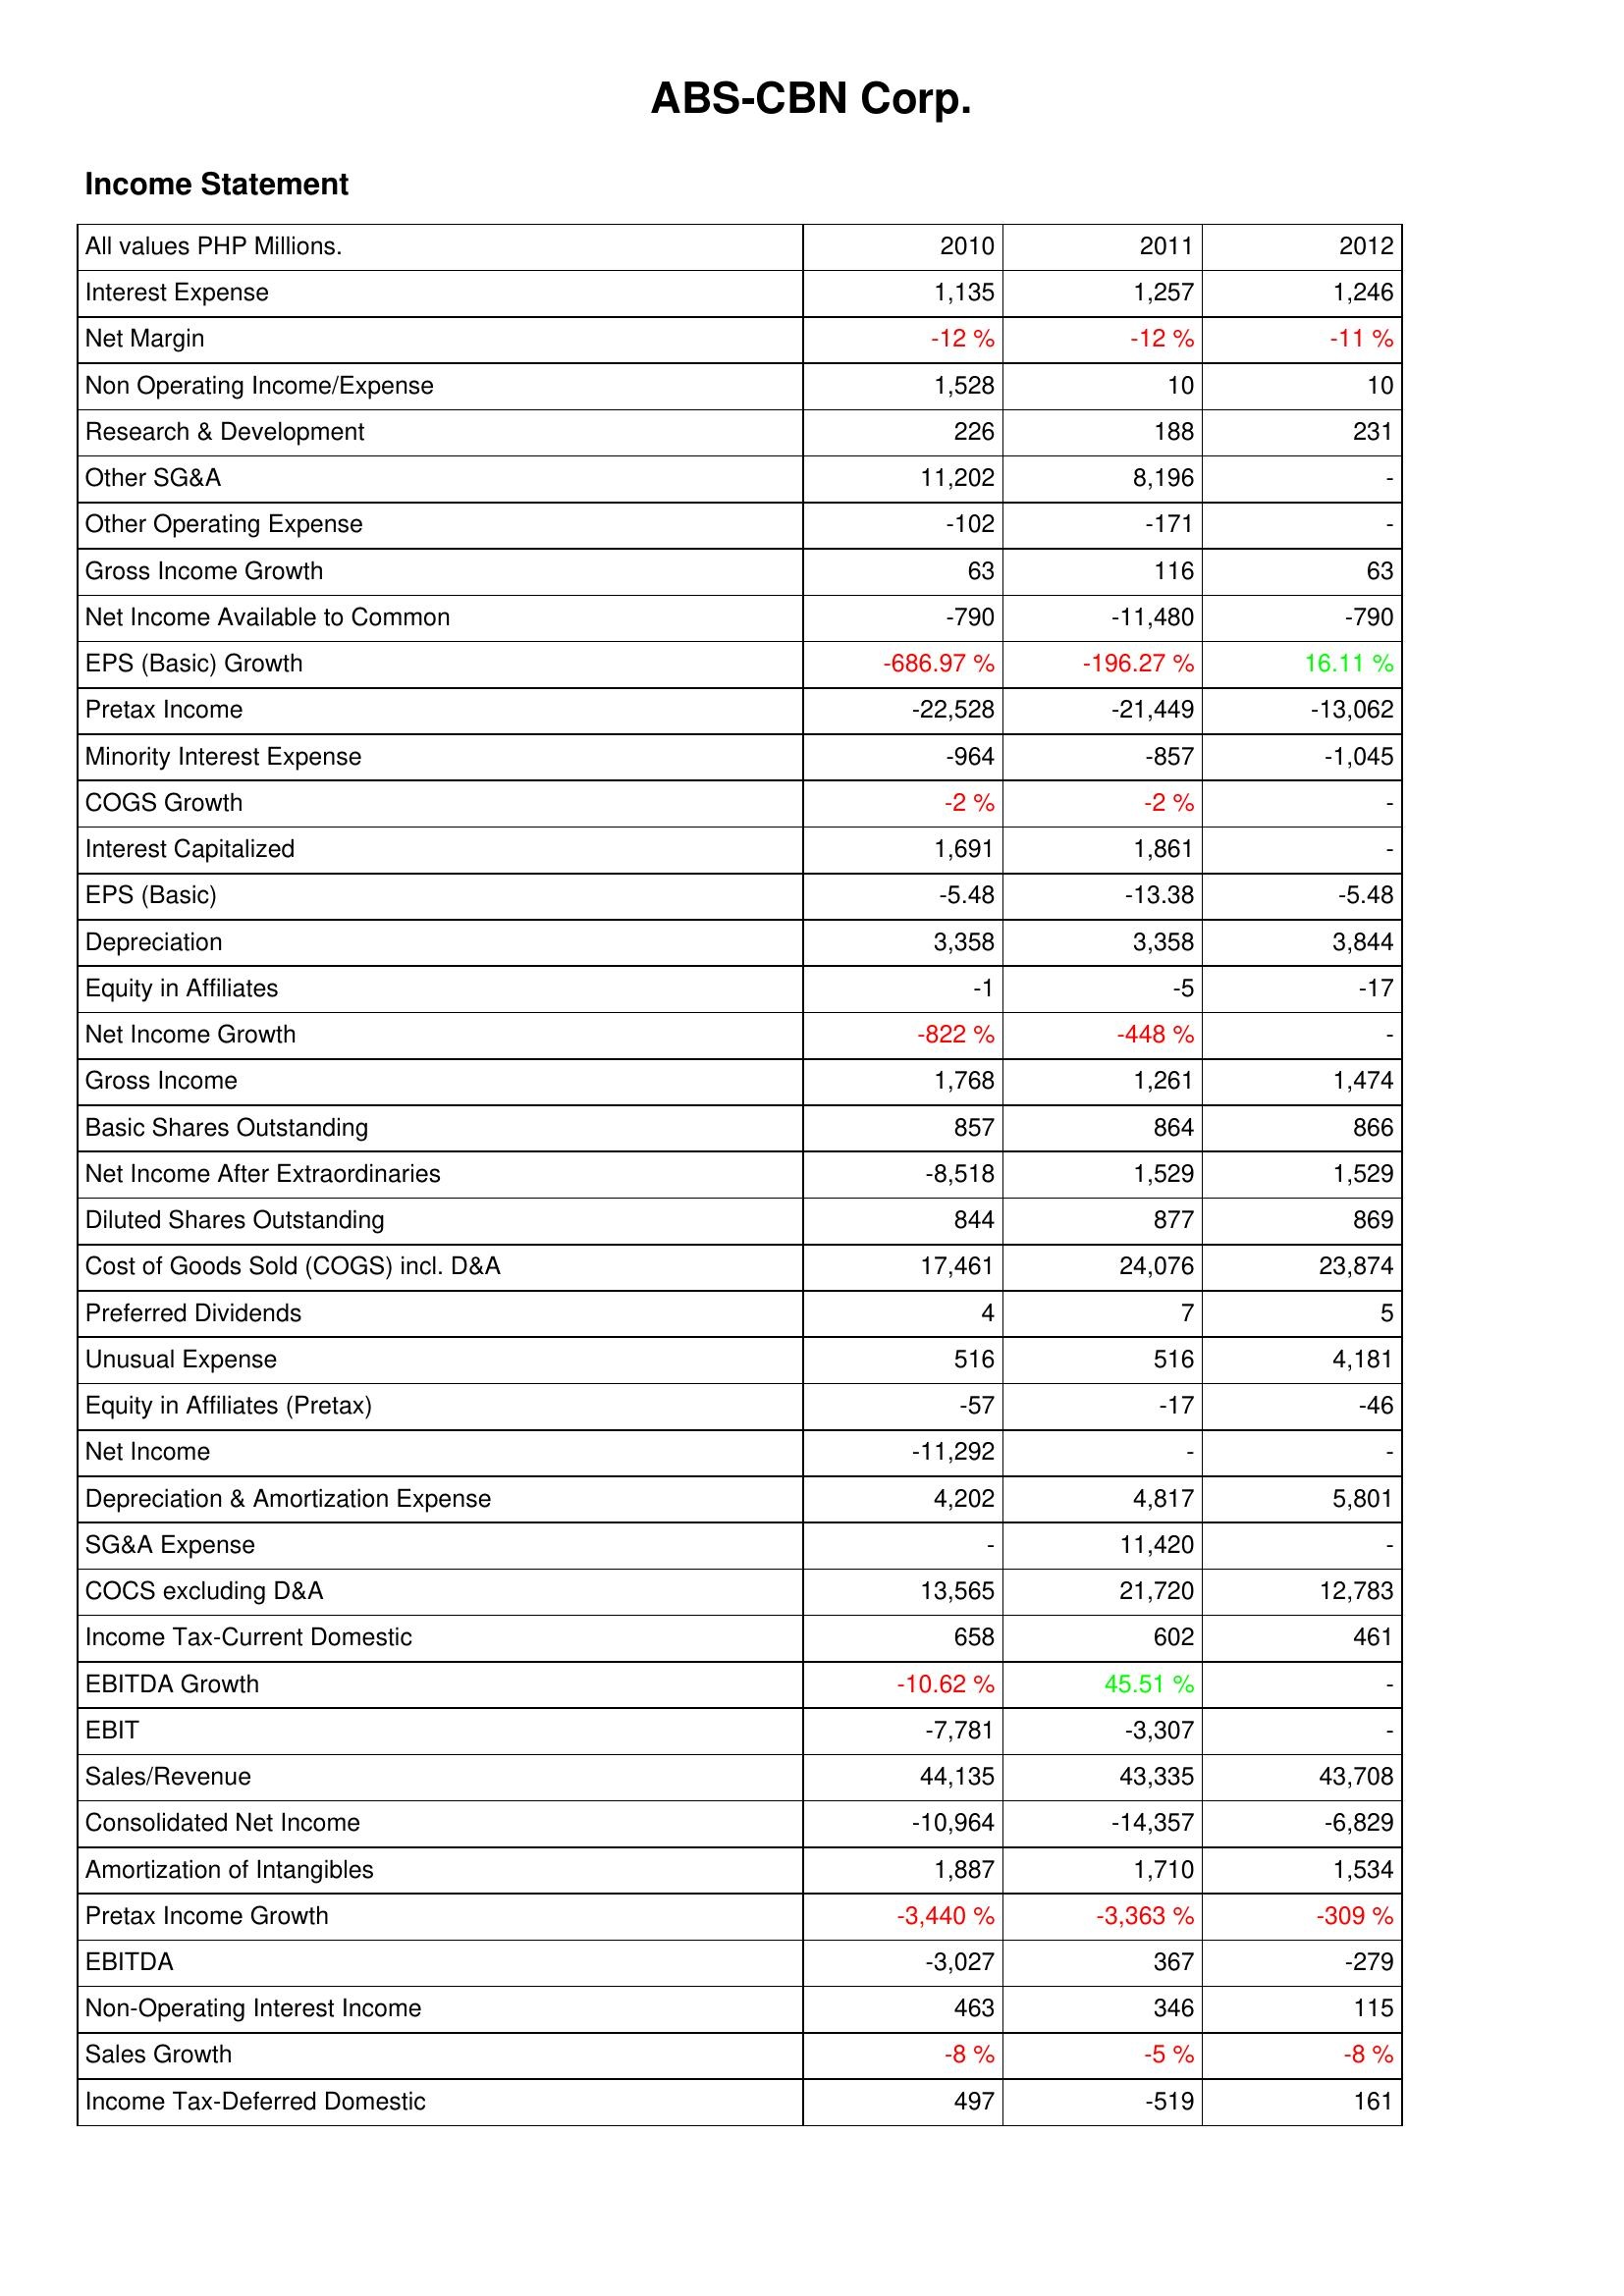
2010: Income Statement: Interest Expense: 1,135
Net Margin: -12 %
Non Operating Income/Expense: 1,528
Research & Development: 226
Other SG&A: 11,202
Other Operating Expense: -102
Gross Income Growth: 63
Net Income Available to Common: -790
EPS (Basic) Growth: -686.97 %
Pretax Income: -22,528
Minority Interest Expense: -964
COGS Growth: -2 %
Interest Capitalized: 1,691
EPS (Basic): -5.48
Depreciation: 3,358
Equity in Affiliates: -1
Net Income Growth: -822 %
Gross Income: 1,768
Basic Shares Outstanding: 857
Net Income After Extraordinaries: -8,518
Diluted Shares Outstanding: 844
Cost of Goods Sold (COGS) incl. D&A: 17,461
Preferred Dividends: 4
Unusual Expense: 516
Equity in Affiliates (Pretax): -57
Net Income: -11,292
Depreciation & Amortization Expense: 4,202
SG&A Expense: -
COCS excluding D&A: 13,565
Income Tax-Current Domestic: 658
EBITDA Growth: -10.62 %
EBIT: -7,781
Sales/Revenue: 44,135
Consolidated Net Income: -10,964
Amortization of Intangibles: 1,887
Pretax Income Growth: -3,440 %
EBITDA: -3,027
Non-Operating Interest Income: 463
Sales Growth: -8 %
Income Tax-Deferred Domestic: 497
2011: Income Statement: Interest Expense: 1,257
Net Margin: -12 %
Non Operating Income/Expense: 10
Research & Development: 188
Other SG&A: 8,196
Other Operating Expense: -171
Gross Income Growth: 116
Net Income Available to Common: -11,480
EPS (Basic) Growth: -196.27 %
Pretax Income: -21,449
Minority Interest Expense: -857
COGS Growth: -2 %
Interest Capitalized: 1,861
EPS (Basic): -13.38
Depreciation: 3,358
Equity in Affiliates: -5
Net Income Growth: -448 %
Gross Income: 1,261
Basic Shares Outstanding: 864
Net Income After Extraordinaries: 1,529
Diluted Shares Outstanding: 877
Cost of Goods Sold (COGS) incl. D&A: 24,076
Preferred Dividends: 7
Unusual Expense: 516
Equity in Affiliates (Pretax): -17
Net Income: -
Depreciation & Amortization Expense: 4,817
SG&A Expense: 11,420
COCS excluding D&A: 21,720
Income Tax-Current Domestic: 602
EBITDA Growth: 45.51 %
EBIT: -3,307
Sales/Revenue: 43,335
Consolidated Net Income: -14,357
Amortization of Intangibles: 1,710
Pretax Income Growth: -3,363 %
EBITDA: 367
Non-Operating Interest Income: 346
Sales Growth: -5 %
Income Tax-Deferred Domestic: -519
2012: Income Statement: Interest Expense: 1,246
Net Margin: -11 %
Non Operating Income/Expense: 10
Research & Development: 231
Other SG&A: -
Other Operating Expense: -
Gross Income Growth: 63
Net Income Available to Common: -790
EPS (Basic) Growth: 16.11 %
Pretax Income: -13,062
Minority Interest Expense: -1,045
COGS Growth: -
Interest Capitalized: -
EPS (Basic): -5.48
Depreciation: 3,844
Equity in Affiliates: -17
Net Income Growth: -
Gross Income: 1,474
Basic Shares Outstanding: 866
Net Income After Extraordinaries: 1,529
Diluted Shares Outstanding: 869
Cost of Goods Sold (COGS) incl. D&A: 23,874
Preferred Dividends: 5
Unusual Expense: 4,181
Equity in Affiliates (Pretax): -46
Net Income: -
Depreciation & Amortization Expense: 5,801
SG&A Expense: -
COCS excluding D&A: 12,783
Income Tax-Current Domestic: 461
EBITDA Growth: -
EBIT: -
Sales/Revenue: 43,708
Consolidated Net Income: -6,829
Amortization of Intangibles: 1,534
Pretax Income Growth: -309 %
EBITDA: -279
Non-Operating Interest Income: 115
Sales Growth: -8 %
Income Tax-Deferred Domestic: 161